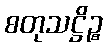
စတုသဋ္ဌိဉ္စ